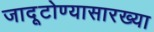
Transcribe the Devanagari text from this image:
जादूटोण्यासारख्या